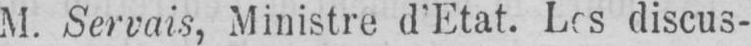
M. Servais, Ministre d’Etat. Les discus-